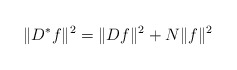
\begin{align*}\|D^* f\|^2=\|D f\|^2+N\|f\|^2\end{align*}